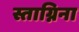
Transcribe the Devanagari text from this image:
स्ताग्निना